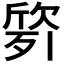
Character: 𭮙